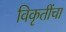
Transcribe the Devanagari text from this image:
विकृतींचा